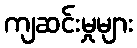
ကျဆင်းမှုများ